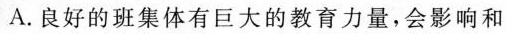
A.良好的班集体有巨大的教育力量，会影响和